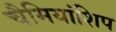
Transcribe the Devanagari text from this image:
चैमियांशिप